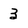
Character: 3